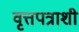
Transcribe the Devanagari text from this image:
वृत्तपत्राशी